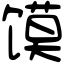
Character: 馍